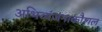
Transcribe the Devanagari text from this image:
अभिव्यंजनाकौशल